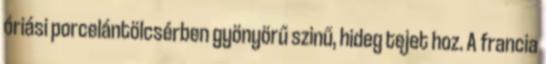
óriási porcelántölcsérben gyönyörű szinű, hideg tejet hoz. A francia